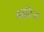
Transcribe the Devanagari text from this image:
कारिज